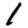
Digit: 1